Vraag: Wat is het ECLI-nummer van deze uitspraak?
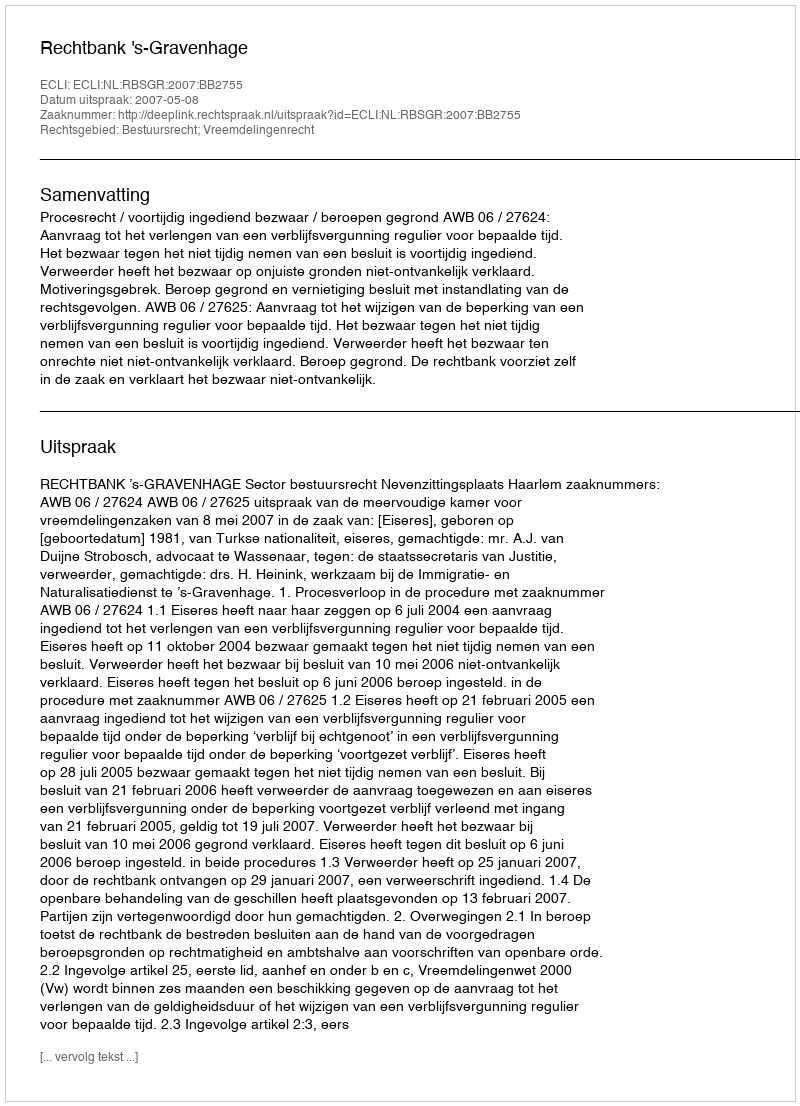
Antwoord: ECLI:NL:RBSGR:2007:BB2755